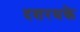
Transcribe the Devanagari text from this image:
दशरथके